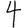
Digit: 4